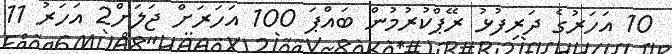
10 އަހަރުގެ ދަރިފުޅު ރޭޕްކުރުމުން ބައްޕަ 100 އަހަރަށް ޖަލަށް2 އަހަރު 11